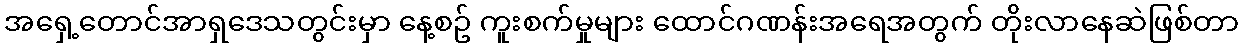
အရှေ့တောင်အာရှဒေသတွင်းမှာ နေ့စဥ် ကူးစက်မှုများ ထောင်ဂဏန်းအရေအတွက် တိုးလာနေဆဲဖြစ်တာ